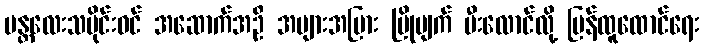
မန္တလေးသမိုင်းဝင် အဆောက်အဦ အများအပြား ပြိုပျက် မီးလောင်လို့ ပြန်ထူထောင်ရေး